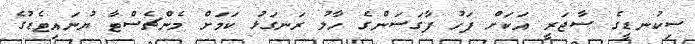
ސިކުނޑީގެ ސާޖަރީ އަކަށް ފަހު ފާގަސަންގެ ހާލު ރަނގަޅު ކަމަށް މެންޗެސްޓާ ޔުނައިޓެޑުގެ